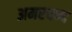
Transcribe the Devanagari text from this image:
अमरचन्द